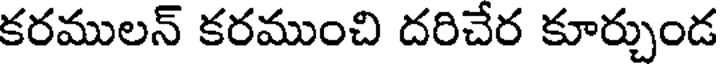
కరములన్ కరముంచి దరిచేర కూర్చుండ